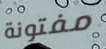
مفتونة